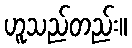
ဟူသည်တည်း။